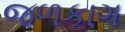
જળકાગ